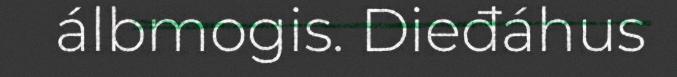
álbmogis. Dieđáhus